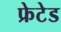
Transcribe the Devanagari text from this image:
फ्रेटेड